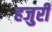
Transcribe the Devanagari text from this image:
हजुरी